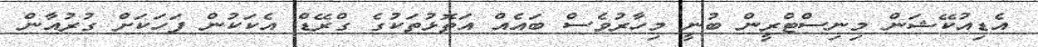
އެޑިއުކޭޝަން މިނިސްޓްރީން ބުނީ މިހާރުވެސް ބައެއް އަތޮޅުތަކުގެ ގްރޭޑް އެކަކުން ފަހަކަށް ގުރުއާން